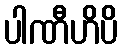
ပါဏီဟိပိ